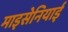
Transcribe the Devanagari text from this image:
माइसेनियाई